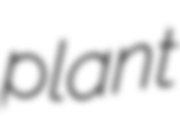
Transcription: plant